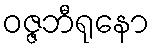
ဝဇ္ဇဘီရုနော